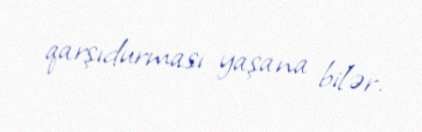
qarşıdurması yaşana bilər.